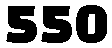
550